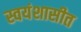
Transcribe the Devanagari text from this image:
स्वयंशासीत